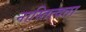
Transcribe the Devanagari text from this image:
नास्तित्वता